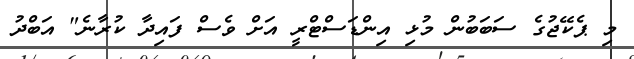
މި ޕެކޭޖުގެ ސަބަބުން މުޅި އިންޑަސްޓްރީ އަށް ވެސް ފައިދާ ކުރާނެ" އަބްދު